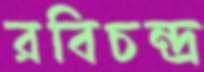
রবিচন্দ্র